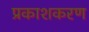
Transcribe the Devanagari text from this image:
प्रकाशकरण